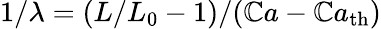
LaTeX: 1/\lambda=(L/L_{0}-1)/(\mathbb{C}a-\mathbb{C}a_{\mathrm{{th}}})